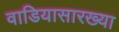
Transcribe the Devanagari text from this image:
वाडियासारख्या